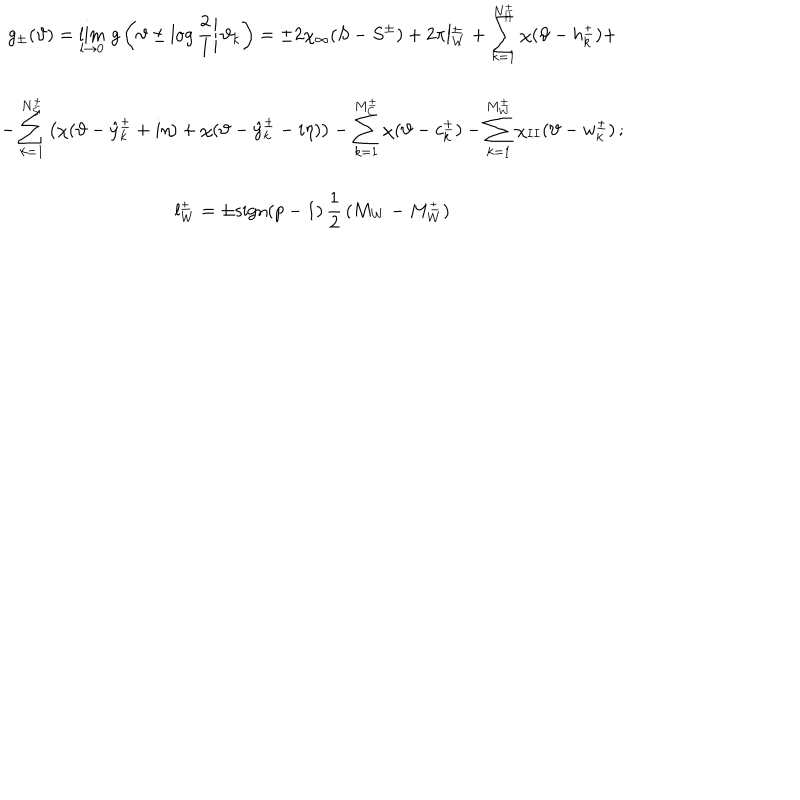
LaTeX: \begin{array} { c } { { \displaystyle g _ { \pm } ( \vartheta ) = \lim _ { l \rightarrow 0 } \, g \left( \left. \vartheta \pm \log \displaystyle \frac { 2 } { l } \right| \vartheta _ { k } \right) = \pm 2 \chi _ { \infty } ( S - S ^ { \pm } ) + 2 \pi l _ { W } ^ { \pm } + \displaystyle \sum _ { k = 1 } ^ { N _ { H } ^ { \pm } } \chi ( \vartheta - h _ { k } ^ { \pm } ) + } } \\ { { - \displaystyle \sum _ { k = 1 } ^ { N _ { S } ^ { \pm } } \left( \chi ( \vartheta - \hat { y } _ { k } ^ { \pm } + i \eta ) + \chi ( \vartheta - \hat { y } _ { k } ^ { \pm } - i \eta ) \right) - \displaystyle \sum _ { k = 1 } ^ { M _ { C } ^ { \pm } } \chi ( \vartheta - c _ { k } ^ { \pm } ) - \displaystyle \sum _ { k = 1 } ^ { M _ { W } ^ { \pm } } \chi _ { I I } ( \vartheta - w _ { k } ^ { \pm } ) \, ; } } \\ { { l _ { W } ^ { \pm } = \pm \textrm { s i g n } ( p - 1 ) \, \displaystyle \frac { 1 } { 2 } \, ( M _ { W } - M _ { W } ^ { \pm } ) } } \\ \end{array}